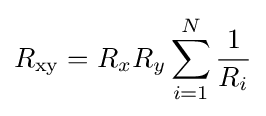
R_{\mathrm {xy} }=R_{x}R_{y}\sum _{i=1}^{N}{\frac {1}{R_{i}}}